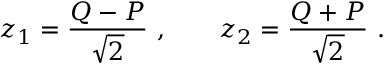
z _ { 1 } = \frac { Q - P } { \sqrt { 2 } } \ , \qquad z _ { 2 } = \frac { Q + P } { \sqrt { 2 } } \ .